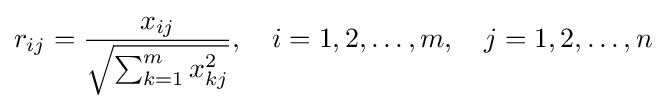
r_{ij}={\frac {x_{ij}}{\sqrt {\sum _{k=1}^{m}x_{kj}^{2}}}},\quad i=1,2,\ldots ,m,\quad j=1,2,\ldots ,n